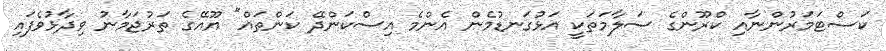
ކަސްޓަމަރުންނާއި ކްރޫންގެ ސަލާމަތަކީ އަޅުގަނޑުމެން އެންމެ އިސްކަންދޭ ކަންތައް" ޔޫއޭގެ ތަރުޖަމާނު ވިދާޅުވެފައި